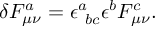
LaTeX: \delta F _ { \mu \nu } ^ { a } = \epsilon _ { \ b c } ^ { a } \epsilon ^ { b } F _ { \mu \nu } ^ { c } .